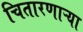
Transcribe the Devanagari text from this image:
चितारणाऱ्या